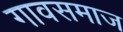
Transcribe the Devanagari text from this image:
गावसमाज